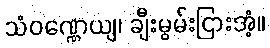
သံဝဏ္ဏေယျ၊ ချီးမွမ်းငြားအံ့။